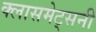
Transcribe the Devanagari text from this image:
क्लासमेट्सनी